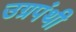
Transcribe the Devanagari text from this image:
उग्रपंथी